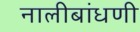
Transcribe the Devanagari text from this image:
नालीबांधणी